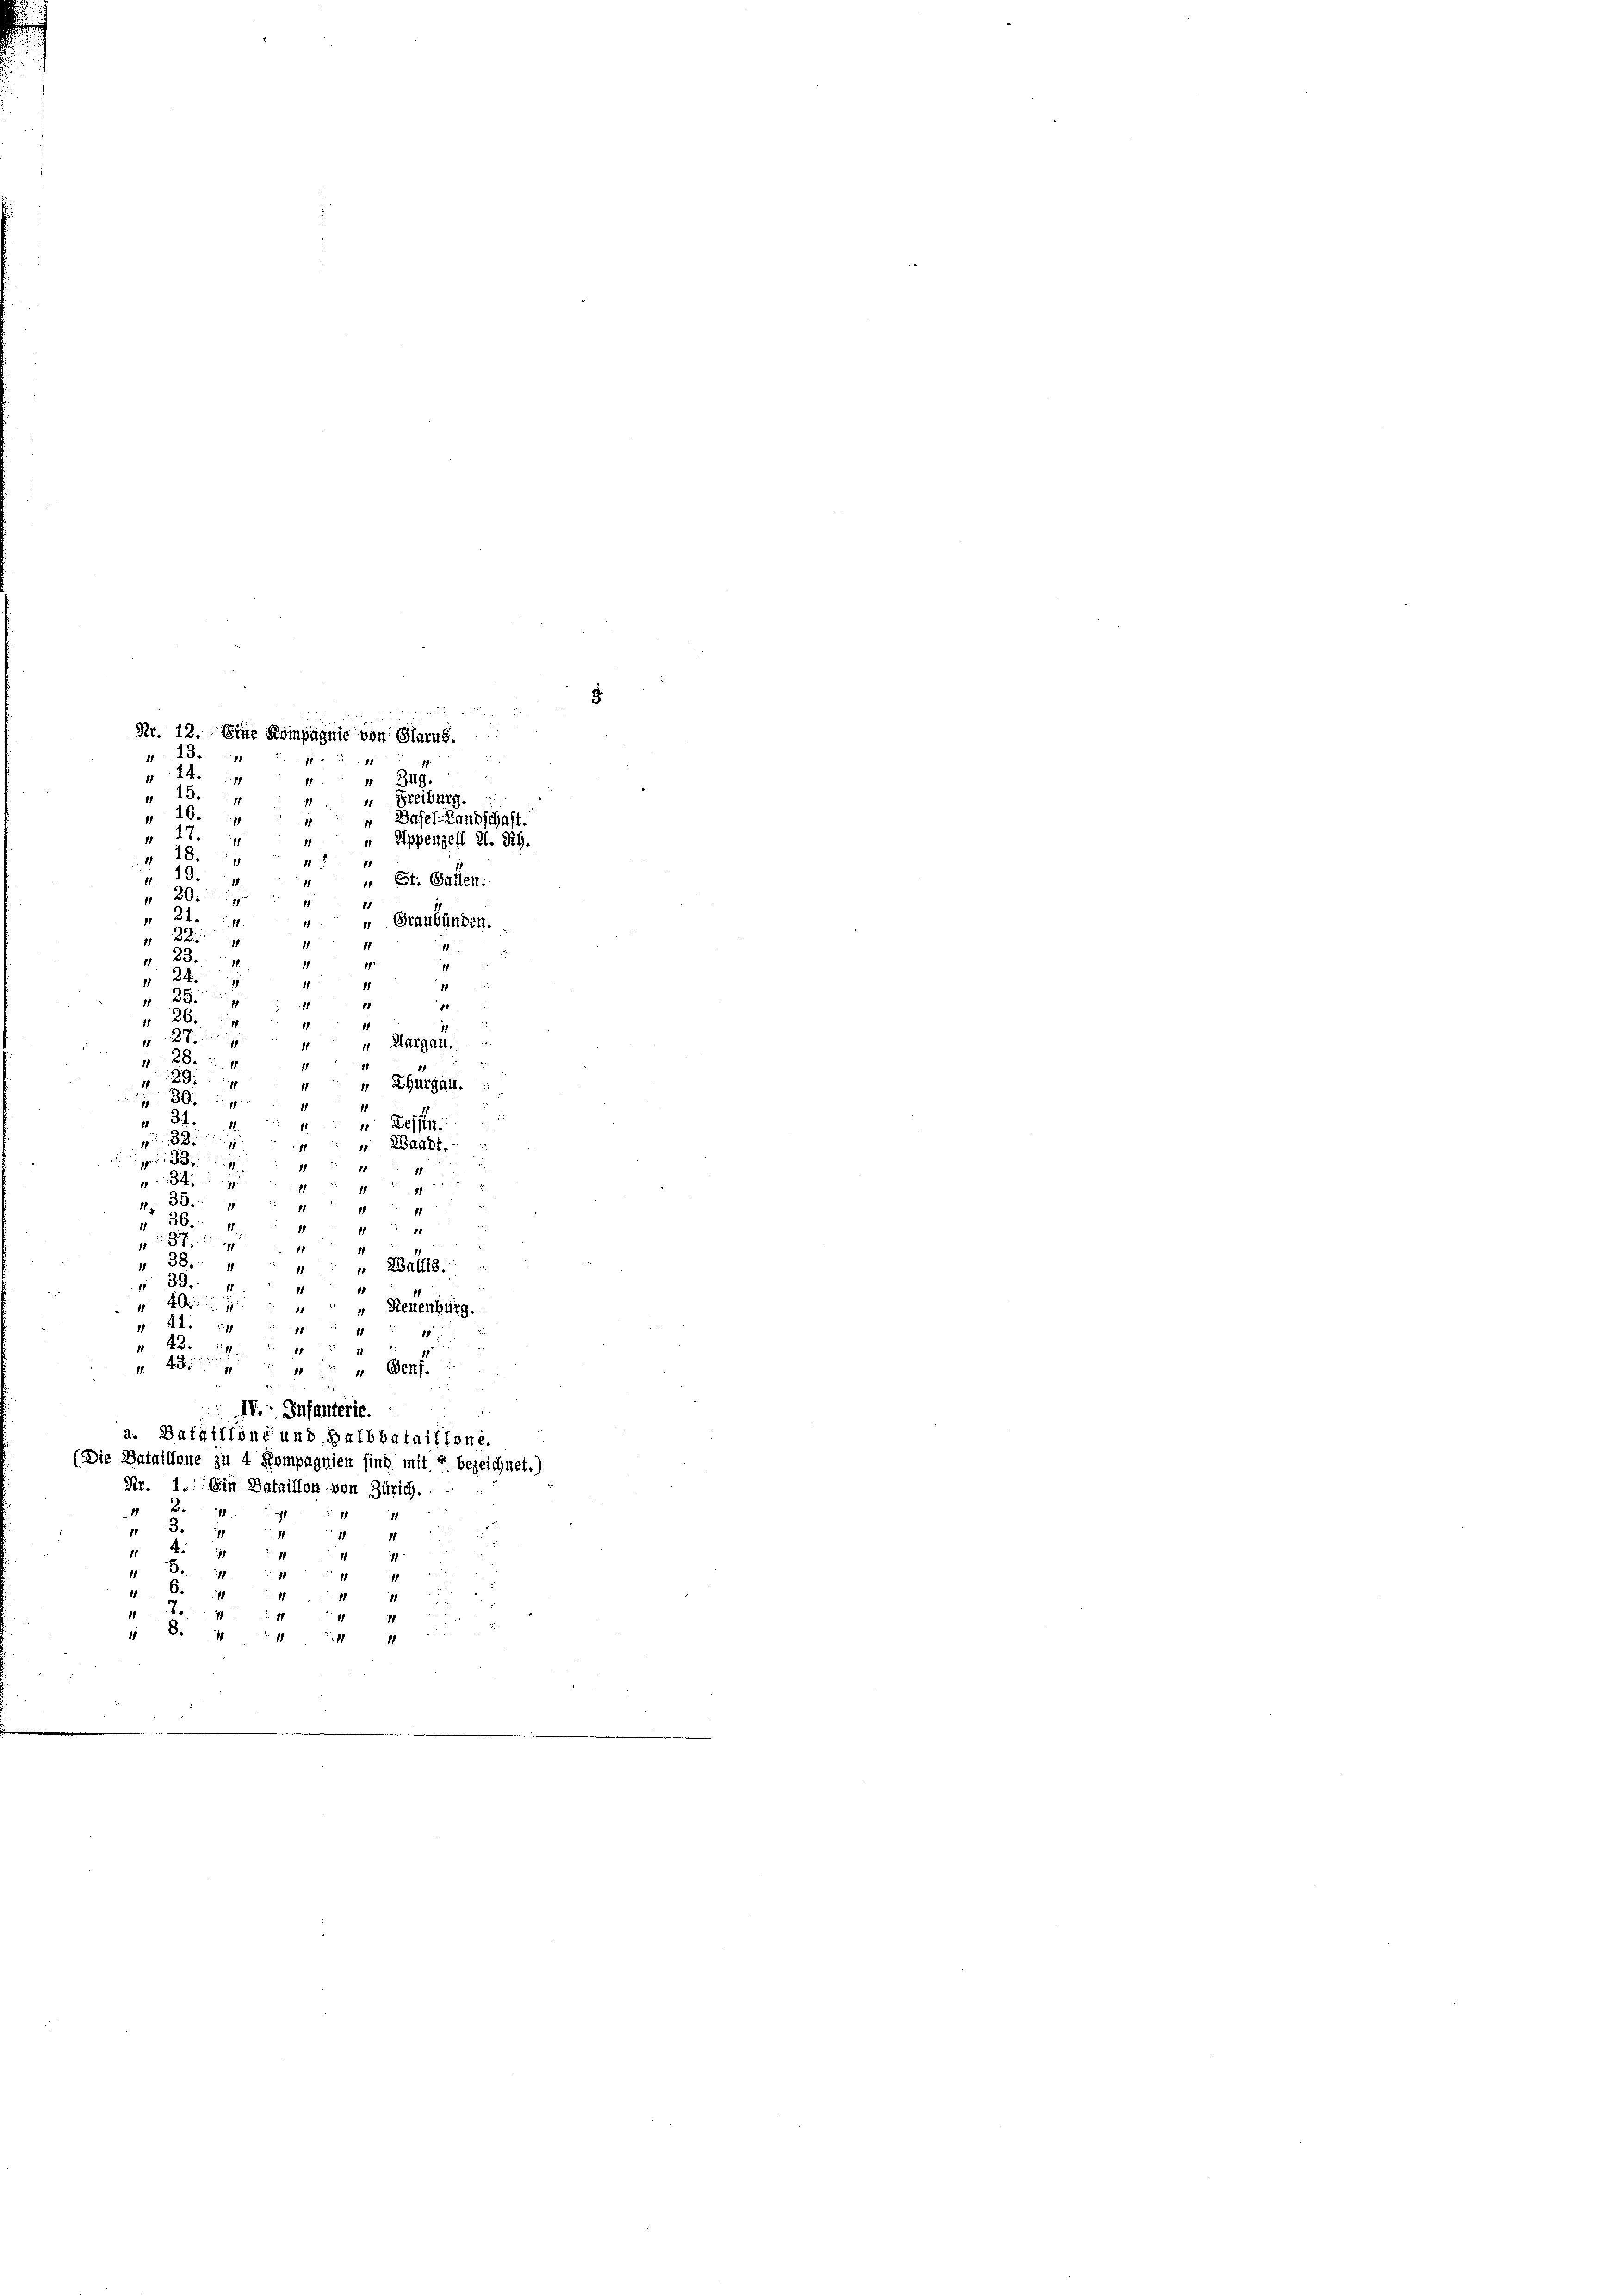
13.
4
 18.
16
 27.

Nr. 13. Eine Kompagnie von Glarus.
 349.
" Freiburg.

1
 31. M.
Bessen.
11
 Waadt
iniger Sei di
11 14
ru
.
12
11
 35. 4
11
1 11
36. 1
11
 17

1
 38. 4
1 " " Wallis.
39. 4
11
1

  Neuenburg.
 41. 29
1
42.
112
4 " " Genf
IV. Infanterie.
a. Bataillone und Halbbataillone.
(Die Dataillone zu 4 Kompagnien sind mit 4. bezeichnet.)
Nr. 1. Ein Bataillon von Zürich.
 2 x
13.
11
1
14.
n
 B.

11

1 S. 341 " 11
877
u

 8.44 44

Basel-Landschaft.
“ Appenzell A. Rh.
18.
7
 19.
„ St. Gallen:
20
15
2
1
„ Graubünden.
225
1
" 23
1
22
1
u
28
11
41
1
 26.
1

2
Hargau.
28.4.
2
5
 Zhurgau.
30